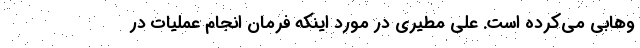
وهابی می‌کرده است. علی مطیری در مورد اینکه فرمان انجام عملیات در